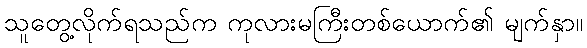
သူတွေ့လိုက်ရသည်က ကုလားမကြီးတစ်ယောက်၏ မျက်နှာ။